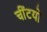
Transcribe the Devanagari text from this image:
चींटयों